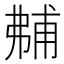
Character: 𰐝